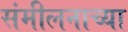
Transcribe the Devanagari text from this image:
संमीलनाच्या